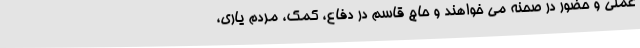
عملی و حضور در صحنه می خواهند و حاج قاسم در دفاع، کمک، مردم یاری،